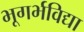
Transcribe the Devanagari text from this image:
भूगर्भविद्या